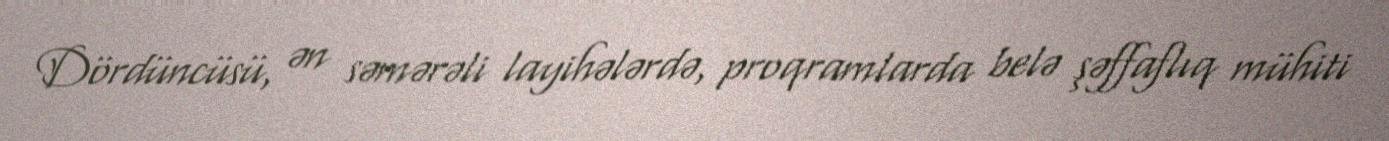
Dördüncüsü, ən səmərəli layihələrdə, proqramlarda belə şəffaflıq mühiti